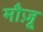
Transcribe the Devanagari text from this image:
मौज़ू